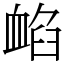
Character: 䘓